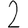
Digit: 2